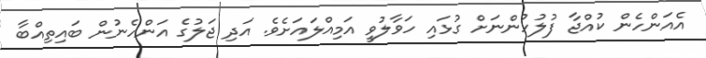
އެއަންހެން ކުއްޖާ ފުލުހުންނަށް ގުޅައި ހަވާލުވީ އަމިއްލައަށެވެ. އަދި ޖަލުގެ އަންހެނުން ބައިތިއްބާ